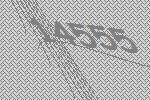
14555